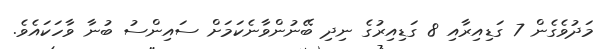
މަދުވެގެން 7 ގަޑިއިރާއި 8 ގަޑިއިރުގެ ނިދި ބޭނުންވާނެކަމަށް ސައިންސު ބުނާ ވާހަކައެެވެ.